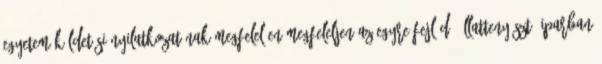
egyetem küldetési nyilatkozatának megfelelően;megfeleljen az egyre fejlődő állattenyésztő iparban